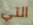
التي